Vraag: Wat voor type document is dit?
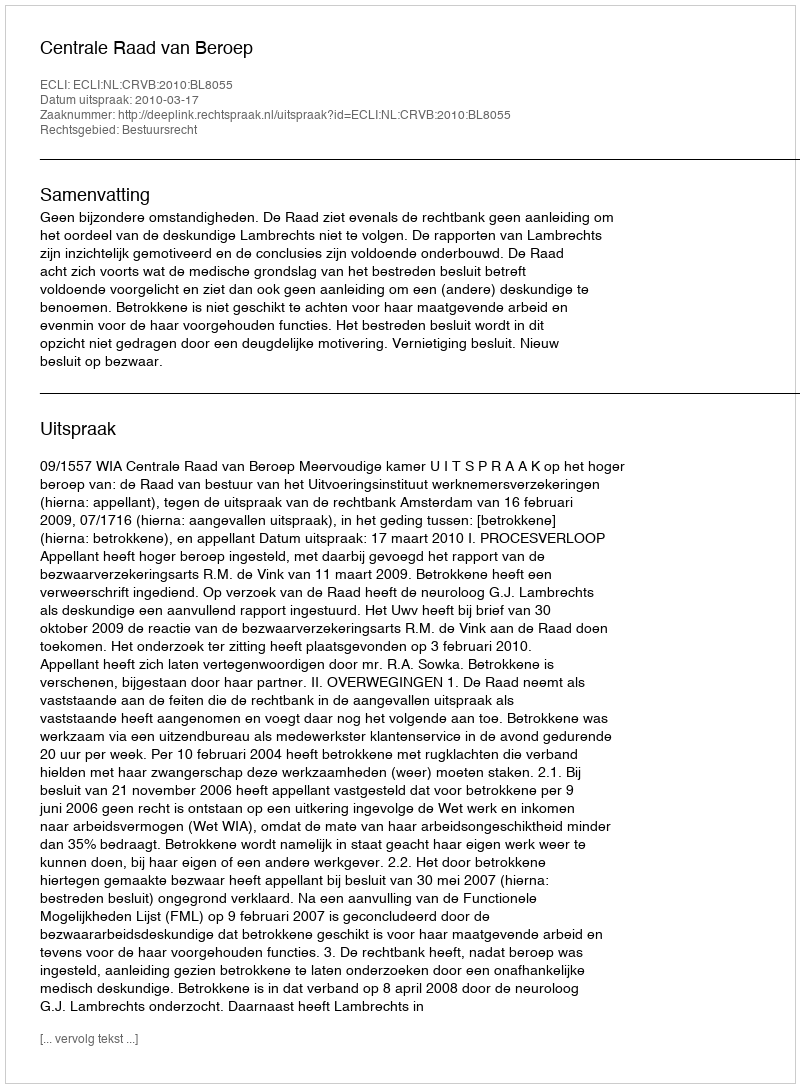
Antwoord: Uitspraak